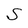
Character: S